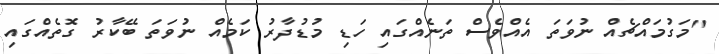
"މަގުމައްޗެއް ނުވަތަ އެއްވެސް ތަނެއްގައި ހަޑި މުޑުދާރު ކަމެއް ނުވަތަ ބޭކާރު ގޮތެއްގައި